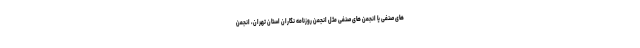
های صنفی یا انجمن های صنفی مثل انجمن روزنامه نگاران استان تهران، انجمن